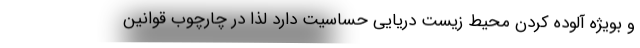
و بویژه آلوده کردن محیط زیست دریایی حساسیت دارد لذا در چارچوب قوانین